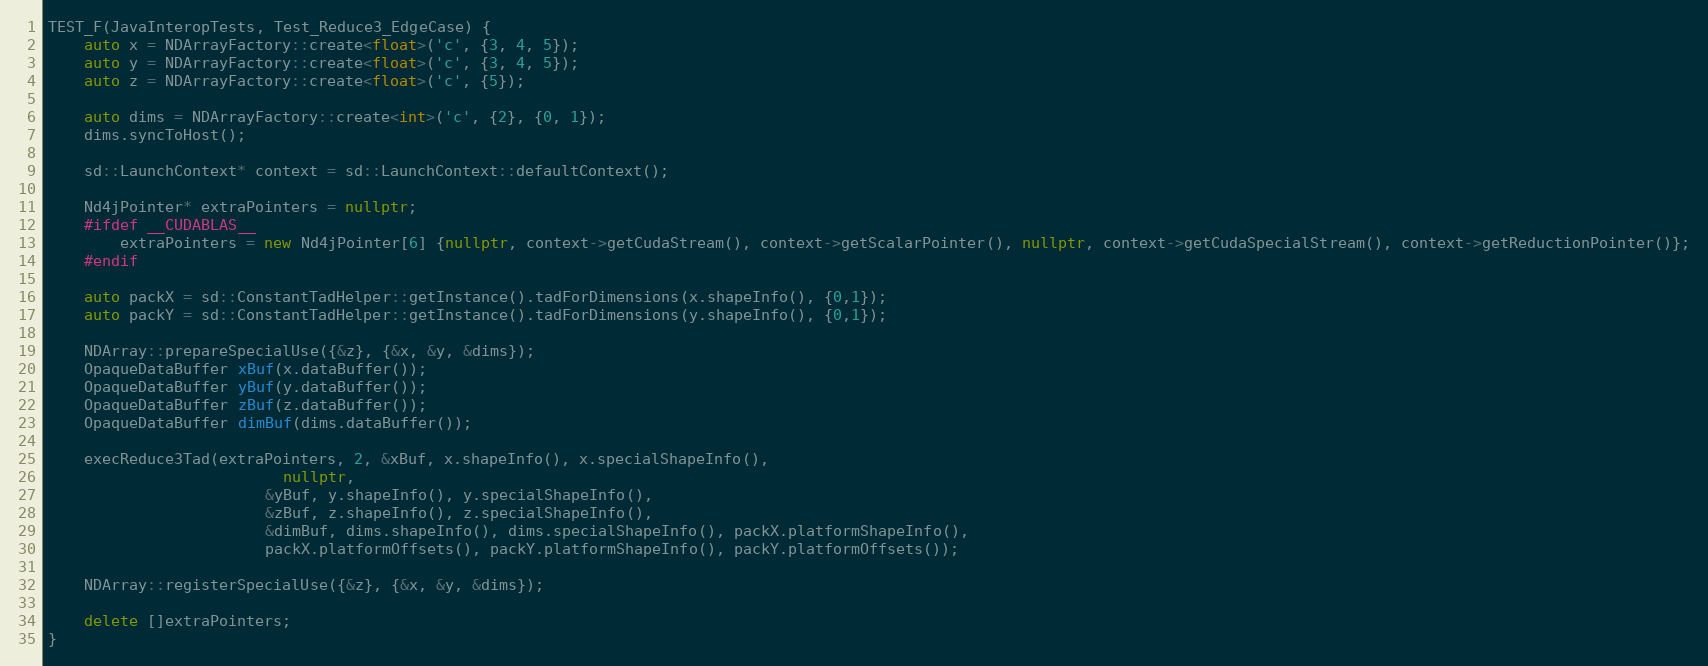
Language: C++
TEST_F(JavaInteropTests, Test_Reduce3_EdgeCase) {
    auto x = NDArrayFactory::create<float>('c', {3, 4, 5});
    auto y = NDArrayFactory::create<float>('c', {3, 4, 5});
    auto z = NDArrayFactory::create<float>('c', {5});

    auto dims = NDArrayFactory::create<int>('c', {2}, {0, 1});
    dims.syncToHost();

    sd::LaunchContext* context = sd::LaunchContext::defaultContext();

    Nd4jPointer* extraPointers = nullptr;
    #ifdef __CUDABLAS__
        extraPointers = new Nd4jPointer[6] {nullptr, context->getCudaStream(), context->getScalarPointer(), nullptr, context->getCudaSpecialStream(), context->getReductionPointer()};
    #endif

    auto packX = sd::ConstantTadHelper::getInstance().tadForDimensions(x.shapeInfo(), {0,1});
    auto packY = sd::ConstantTadHelper::getInstance().tadForDimensions(y.shapeInfo(), {0,1});

    NDArray::prepareSpecialUse({&z}, {&x, &y, &dims});
    OpaqueDataBuffer xBuf(x.dataBuffer());
    OpaqueDataBuffer yBuf(y.dataBuffer());
    OpaqueDataBuffer zBuf(z.dataBuffer());
    OpaqueDataBuffer dimBuf(dims.dataBuffer());

    execReduce3Tad(extraPointers, 2, &xBuf, x.shapeInfo(), x.specialShapeInfo(),
                          nullptr,
                        &yBuf, y.shapeInfo(), y.specialShapeInfo(),
                        &zBuf, z.shapeInfo(), z.specialShapeInfo(),
                        &dimBuf, dims.shapeInfo(), dims.specialShapeInfo(), packX.platformShapeInfo(),
                        packX.platformOffsets(), packY.platformShapeInfo(), packY.platformOffsets());

    NDArray::registerSpecialUse({&z}, {&x, &y, &dims});

    delete []extraPointers;
}